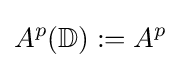
A^{p}(\mathbb {D} ):=A^{p}